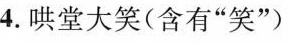
4.哄堂大笑(含有”笑”)